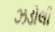
ઝડોલી